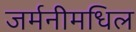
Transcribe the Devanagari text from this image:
जर्मनीमधिल